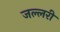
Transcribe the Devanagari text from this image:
जल्लरी